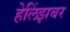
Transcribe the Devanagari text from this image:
हेलिंझबर